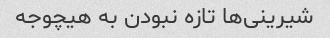
شیرینی‌ها تازه نبودن به هیچوجه